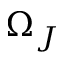
\Omega _ { J }